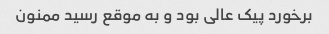
برخورد پیک عالی بود و به موقع رسید ممنون